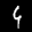
Label: 4